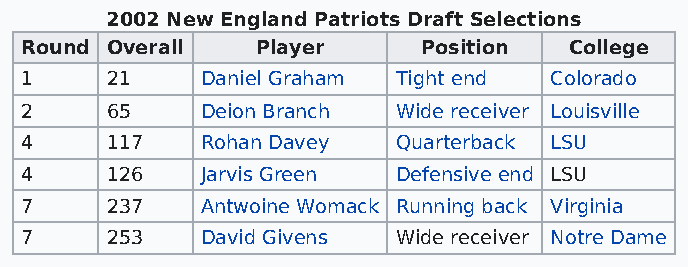
2002 New England Patriots Draft Selections
 Round Overall   Player     Position  College
 1     21    Daniel Graham Tight end Colorado
 2     65    Deion Branch Wide receiver Louisville
 4     117   Rohan Davey  Quarterback LSU
 4     126   Jarvis Green Defensive end LSU
 7     237   Antwoine Womack Running back Virginia
 7     253   David Givens Wide receiver Notre Dame